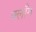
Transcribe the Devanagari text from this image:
क्लाँग